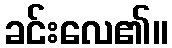
ခင်းလေ၏။